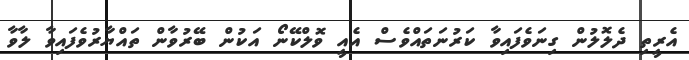
އެރީތި ދެލޮލުން ގިނަވެފައިވާ ކަރުނަތައްވެސް އެއީ ވޮލްކޭނޯ އަކުން ބޭރުވާން ތައްޔާރުވެފައިވާ ލާވާ